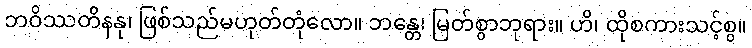
ဘဝိဿတိနနု၊ ဖြစ်သည်မဟုတ်တုံလော။ ဘန္တေ၊ မြတ်စွာဘုရား။ ဟိ၊ ထိုစကားသင့်စွ။